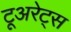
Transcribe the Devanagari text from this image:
टूअरेट्स